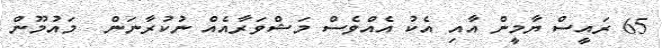
65 ރައީސް ޔާމީން އާއި އެކު އެއްވެސް މަޝްވަރާއެއް ނުކުރާނަން  މައުމޫން